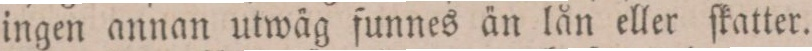
ingen annan utwäg funnes än lån eller ſkatter.